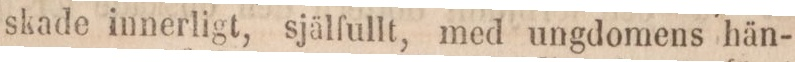
skade innerligt, själfullt, med ungdomens hän-